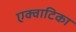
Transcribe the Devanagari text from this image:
एक्वाटिका